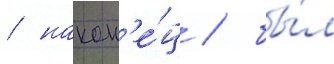
/ након'е́ц / бы́л